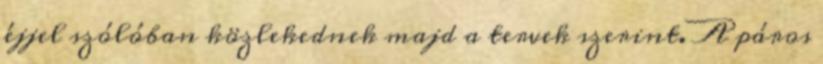
éjjel szólóban közlekednek majd a tervek szerint. A páros